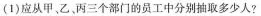
(1)应从甲，乙，丙三个部门的员工中分别抽取多少人?